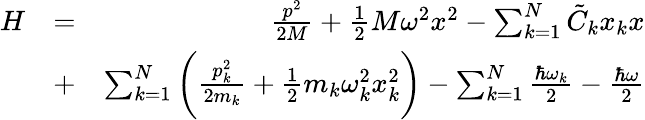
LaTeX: \begin{array}{rlr}{H}&{=}&{\frac{p^{2}}{2M}+\frac{1}{2}M\omega^{2}x^{2}-\sum_{k=1}^{N}\tilde{C}_{k}x_{k}x}\\ &{+}&{\sum_{k=1}^{N}\bigg(\frac{p_{k}^{2}}{2m_{k}}+\frac{1}{2}m_{k}\omega_{k}^{2}x_{k}^{2}\bigg)-\sum_{k=1}^{N}\frac{\hbar\omega_{k}}{2}-\frac{\hbar\omega}{2}}\end{array}